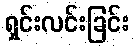
ရှင်းလင်းခြင်း